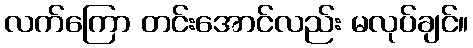
လက်ကြော တင်းအောင်လည်း မလုပ်ချင်။